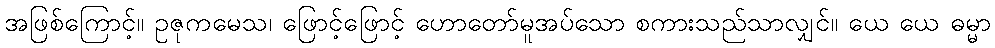
အဖြစ်ကြောင့်။ ဥဇုကမေသ၊ ဖြောင့်ဖြောင့် ဟောတော်မူအပ်သော စကားသည်သာလျှင်။ ယေ ယေ ဓမ္မာ